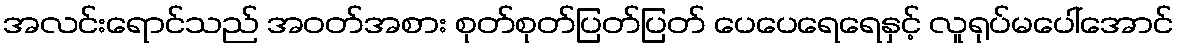
အလင်းရောင်သည် အဝတ်အစား စုတ်စုတ်ပြတ်ပြတ် ပေပေရေရေနှင့် လူရုပ်မပေါ်အောင်